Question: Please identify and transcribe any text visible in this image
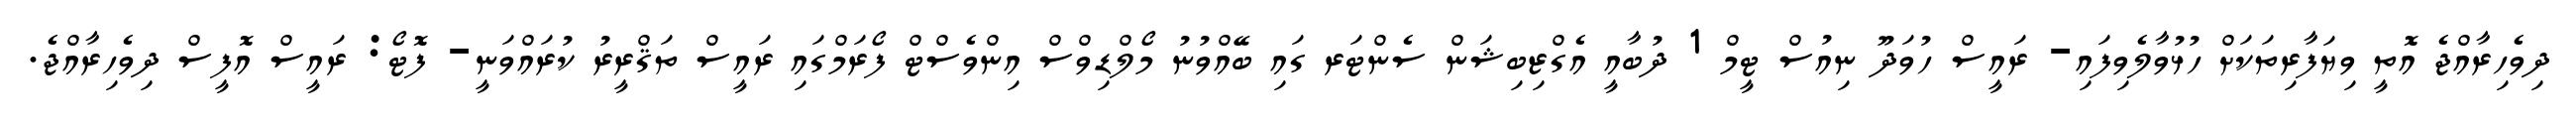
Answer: ދިވެހިރާއްޖެ އޮތީ ވިޔަފާރިތަކަށް ހުޅުވާލެވިފައި- ރައީސް ހުވަދޫ ނިއުސް ޓީމް 1 ދުބާއީ އެގްޒިބިޝަން ސެންޓަރ ގައި ބޭއްވުނު މޯލްޑިވްސް އިންވެސްޓް ފޯރަމްގައި ރައީސް ތަޤްރީރު ކުރައްވަނީ- ފޮޓޯ: ރައީސް އޮފީސް ދިވެހިރާއްޖެ.